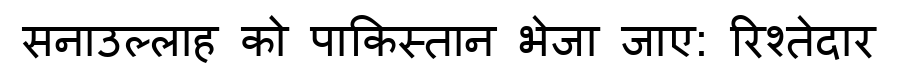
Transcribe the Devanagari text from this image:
सनाउल्लाह को पाकिस्तान भेजा जाए: रिश्तेदार